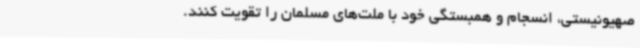
صهیونیستی، انسجام و همبستگی خود با ملت‌های مسلمان را تقویت کنند.